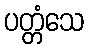
ပတ္တံသေ